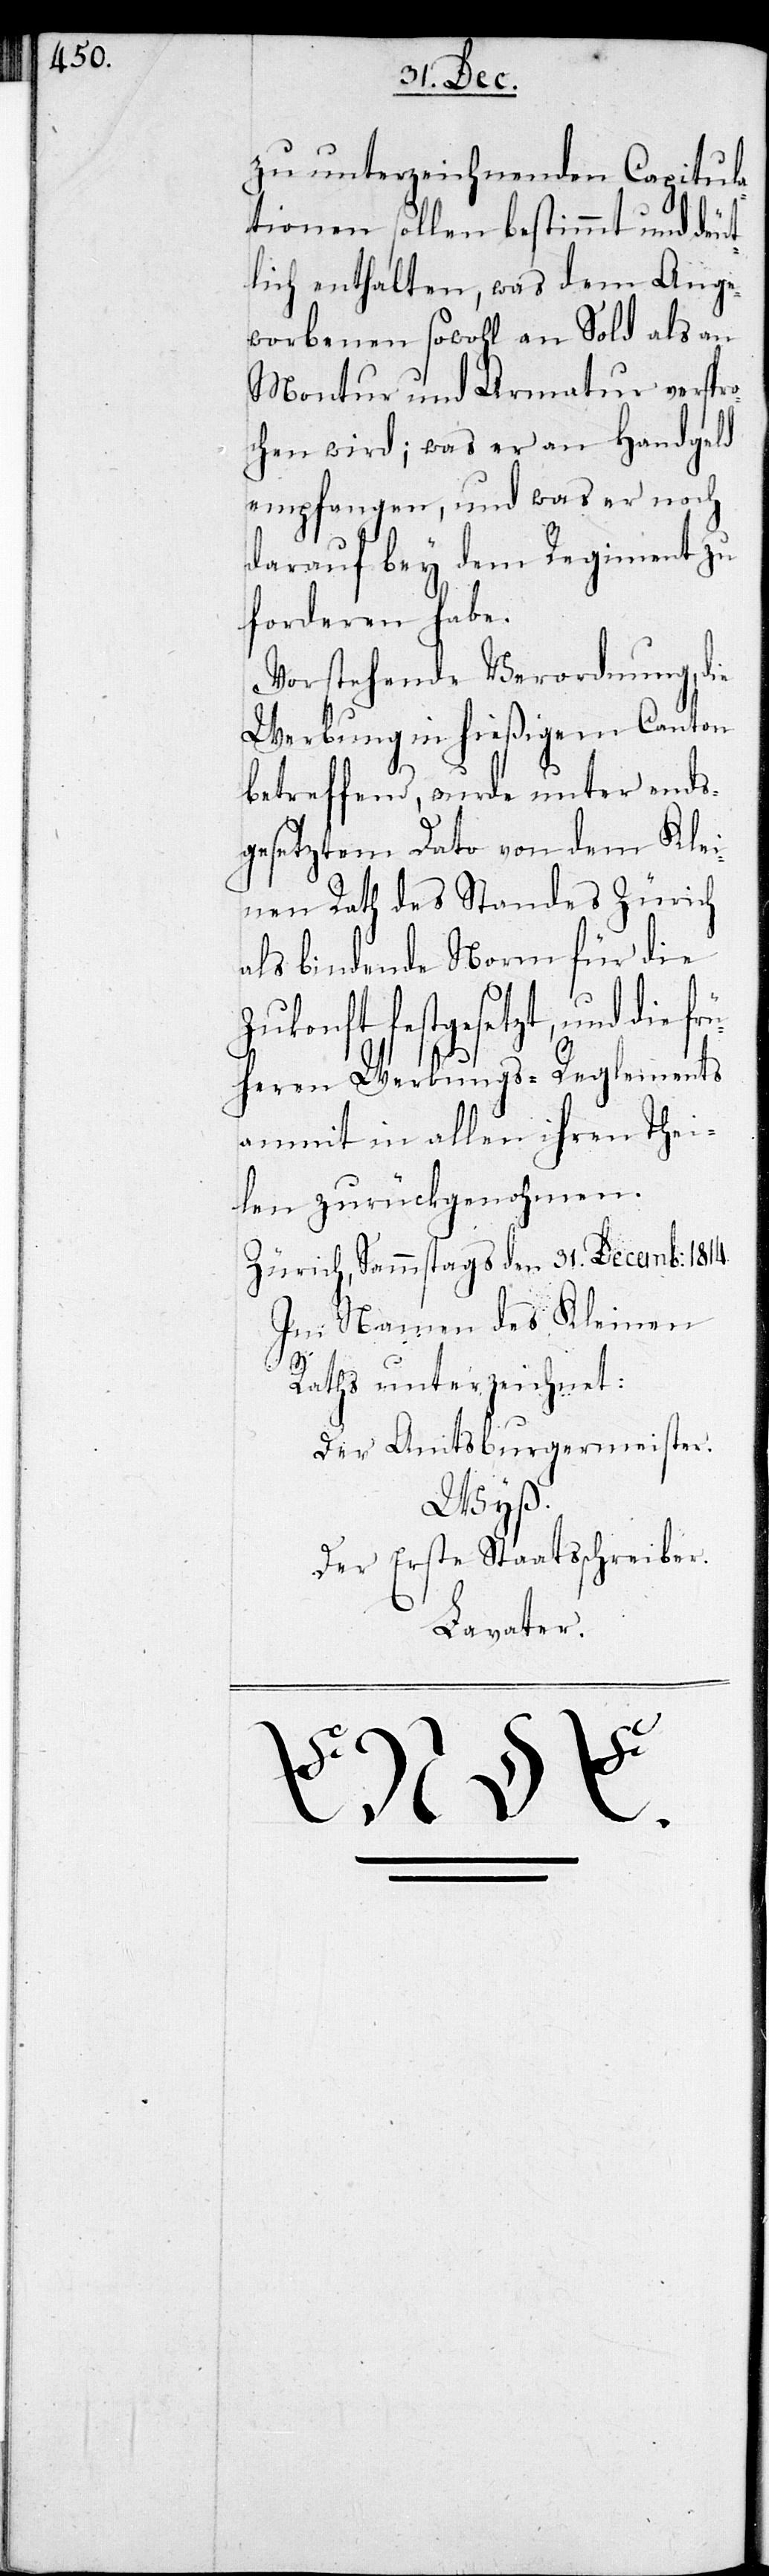
zu unterzeichnenden Capitul¬
ationen sollen bestimmt und deut¬
lich enthalten, was dem Ange¬
worbenen sowohl an Sold als an
Montur und Armatur verspr¬
ochen wird; was er an Handgeld
empfangen, und was er noch
darauf bey dem Regiment zu
forderen habe.
Vorstehende Verordnung, die
Werbung in hießigem Canton
betreffend, wurde unter ends¬
gesetztem Dato von dem Klei¬
nen Rath des Standes Zürich
als bindende Norm für die
Zukonft festgesetzt, und die
heren Werbungs-Reglements
anmit in allen ihren Thei¬
len zurückgenohmen.
Zürich, Sammstags den 31. Decemb: 1814.
Im Namen des Kleinen
Raths unterzeichnet:
Der Amtsburgermeister.
Wyß.
Der Erste Staatsschreiber.
Lavater.
frü¬